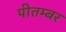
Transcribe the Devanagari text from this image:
पीतम्बर